Civil Veterinary Department. Central Provinces & Berar 1932-41 - 1932-1941
Year: 1932
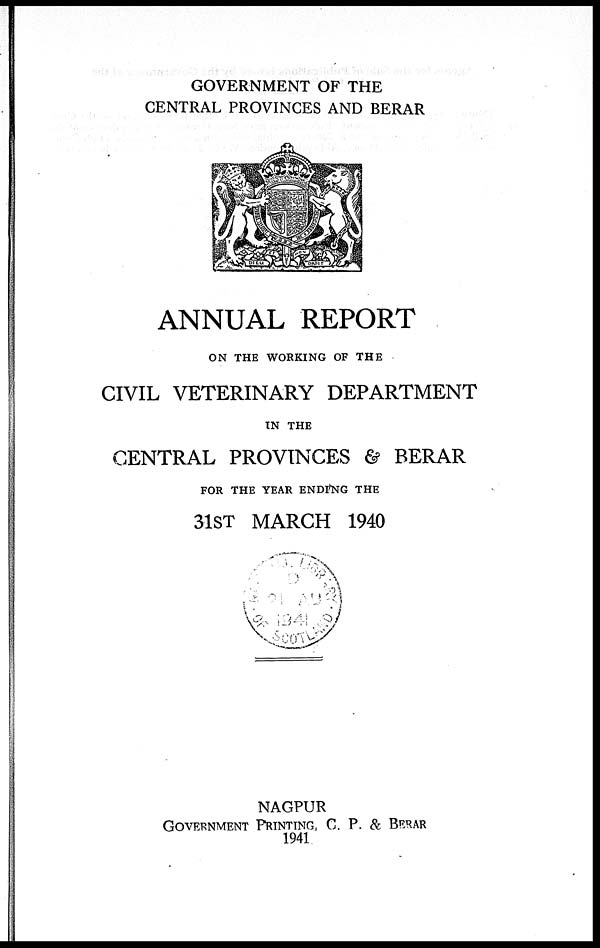
GOVERNMENT OF THE
CENTRAL PROVINCES AND BERAR
ANNUAL REPORT
ON THE WORKING OF THE
CIVIL VETERINARY DEPARTMENT
IN THE
CENTRAL PROVINCES & BERAR
FOR THE YEAR ENDING THE
31ST MARCH 1940
NAGPUR
GOVERNMENT PRINTING, C. P. & BERAR
1941